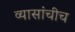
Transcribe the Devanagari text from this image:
व्यासांचीच